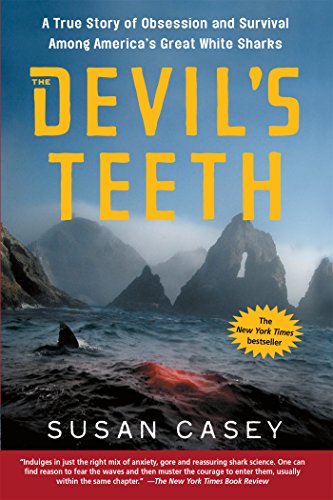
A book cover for The Devil's Teeth: A True Story of Obsession and Survival Among America's Great White Sharks; Susan Casey; Humor & Entertainment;